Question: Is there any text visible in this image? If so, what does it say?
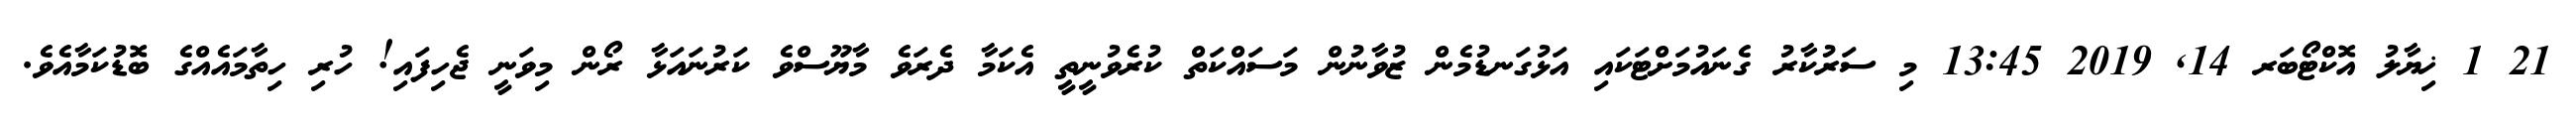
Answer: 21 1 ޚިޔާލު އޮކްޓޯބަރ 14, 2019 13:45 މި ސަރުކާރު ގެނައުމަށްޓަކައި އަޅުގަނޑުމެން ޒުވާނުން މަސައްކަތް ކުރެވުނީތީ އެކަމާ ދެރަވެ މާޔޫސްވެ ކަރުނައަޅާ ރޯން މިވަނީ ޖެހިފައި! ހުރި ހިތާމައެއްގެ ބޮޑުކަމާއެވެ.